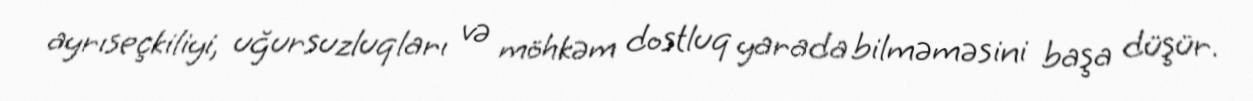
ayrıseçkiliyi, uğursuzluqları və möhkəm dostluq yarada bilməməsini başa düşür.